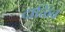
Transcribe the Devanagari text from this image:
दाळिंब